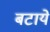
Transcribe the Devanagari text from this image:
बटाये